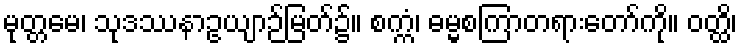
မုတ္တမေ၊ သုဒဿနာဥယျာဉ်မြတ်၌။ စက္ကံ၊ ဓမ္မစကြာတရားတော်ကို။ ဝတ္ထိ၊